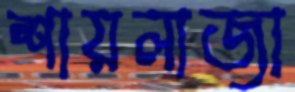
শায়লাজা